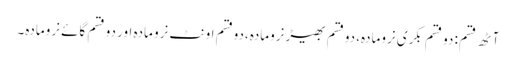
آٹھ قسم: دو قسم بکری نرومادہ، دوقسم بھیڑ نرومادہ،دوقسم اونٹ نرو مادہ اور دو قسم گائے نرومادہ۔